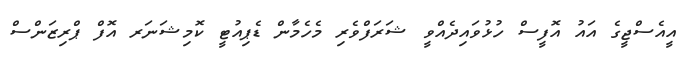
އީއެސްޖީގެ އައު އޮފީސް ހުޅުވައިދެއްވީ ޝަރަފްވެރި މެހެމާން ޑެޕިއުޓީ ކޮމިޝަނަރ އޮފް ޕްރިޒަންސް